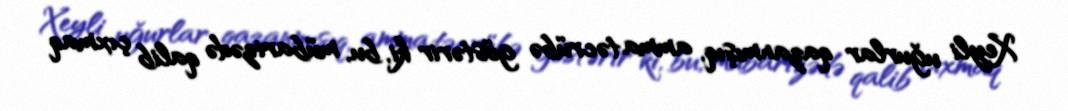
Xeyli uğurlar qazanmışıq, amma təcrübə göstərir ki, bu, mübarizədə qalib çıxmaq